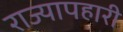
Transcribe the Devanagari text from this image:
राज्यापहारी